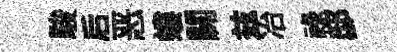
駿后恶螻闢兹冶禄邸